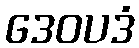
ဒေဝပဒံ